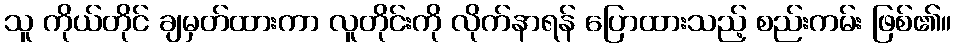
သူ ကိုယ်တိုင် ချမှတ်ထားကာ လူတိုင်းကို လိုက်နာရန် ပြောထားသည့် စည်းကမ်း ဖြစ်၏။